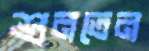
শুনতেন